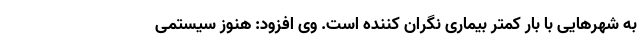
به شهرهایی با بار کمتر بیماری نگران کننده است. وی افزود: هنوز سیستمی